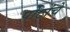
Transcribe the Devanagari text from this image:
पोटांचे